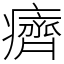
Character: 癠